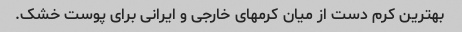
بهترین کرم دست از میان کرمهای خارجی و ایرانی برای پوست خشک.